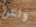
ولكن